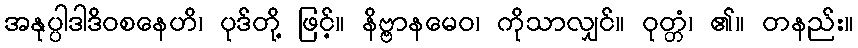
အနုပ္ပါဒါဒိဝစနေဟိ၊ ပုဒ်တို့ ဖြင့်။ နိဗ္ဗာနမေဝ၊ ကိုသာလျှင်။ ဝုတ္တံ၊ ၏။ တနည်း။